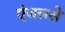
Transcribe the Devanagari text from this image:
एंजलसे